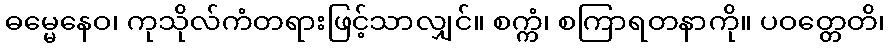
ဓမ္မေနေဝ၊ ကုသိုလ်ကံတရားဖြင့်သာလျှင်။ စက္ကံ၊ စကြာရတနာကို။ ပဝတ္တေတိ၊